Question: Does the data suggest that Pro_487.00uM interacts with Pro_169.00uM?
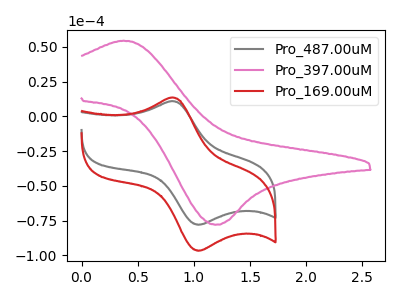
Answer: <think>The gray curve "Pro_487.00uM" has an anodic peak at (0.80V, 10.80uA) and a cathodic peak at (1.05V, -78.05uA). The pink curve "Pro_397.00uM" has an anodic peak at (0.35V, 54.35uA) and a cathodic peak at (1.20V, -77.95uA). The red curve "Pro_169.00uM" has an anodic peak at (0.80V, 13.40uA) and a cathodic peak at (1.05V, -96.70uA).
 All the peaks in "Pro_487.00uM" have a peak in "Pro_169.00uM" at the same potential. Every peak in "Pro_487.00uM" is lower than every peak in "Pro_169.00uM".</think>
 <answer>No, "Pro_487.00uM" and "Pro_169.00uM" don't appear to be significantly different in shape</answer>
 <eval>no_change</eval>